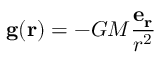
\mathbf { g } ( \mathbf { r } ) = - G M { \frac { \mathbf { e _ { r } } } { r ^ { 2 } } }